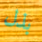
بذل